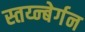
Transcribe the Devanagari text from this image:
स्तय्न्बेर्गन